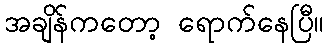
အချိန်ကတော့ ရောက်နေပြီ။